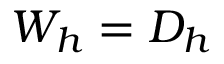
W _ { h } = D _ { h }